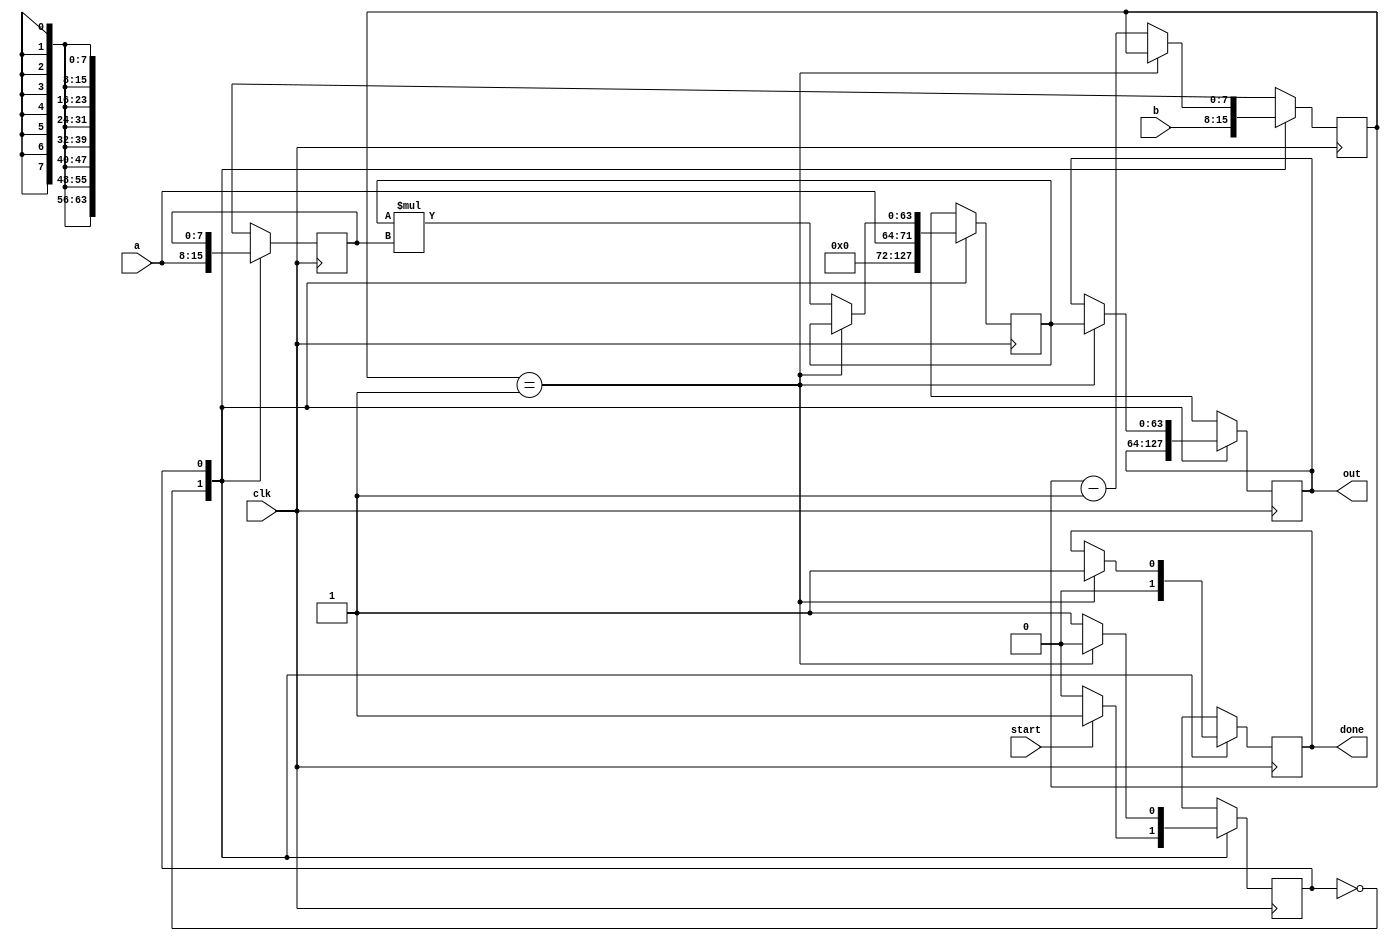
`timescale 1ns / 1ps
//////////////////////////////////////////////////////////////////////////////////
// Company: 
// Engineer: 
// 
// Design Name: 
// Module Name: mul
// Project Name: 
// Target Devices: 
// Tool Versions: 
// Description: 
// 
// Dependencies: 
// 
// Revision:
// Revision 0.01 - File Created
// Additional Comments:
// 
//////////////////////////////////////////////////////////////////////////////////


module mul(a,b,clk,start,out,done);
input [7:0] a,b;
input clk,start;
output reg [63:0] out=0;
output reg done=0;

reg state=0;
reg [7:0] B=0,temp=0;
reg [63:0] A=0;

always @ (posedge clk)
begin
case (state)
	1'b0: begin
			A = a;
			B = b;
			temp = a;
			done =0;
			if(start)
				state = 1'b1;
		  end
	1'b1: begin
			if(B==1)
			begin
				state = 1'b0;
				out = A;
				done = 1;
		    end
			else begin
			 A = A*temp;
			 B = B - 1;
			end
				
		  end
endcase
end
endmodule